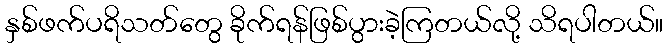
နှစ်ဖက်ပရိသတ်တွေ ခိုက်ရန်ဖြစ်ပွားခဲ့ကြတယ်လို့ သိရပါတယ်။